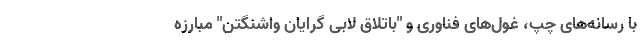
با رسانه‌های چپ‌، غول‌های فناوری و "باتلاق لابی گرایان واشنگتن" مبارزه